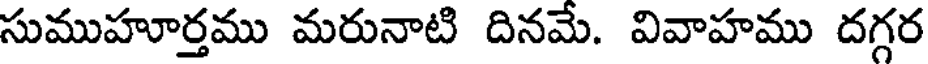
సుముహూర్తము మరునాటి దినమే. వివాహము దగ్గర